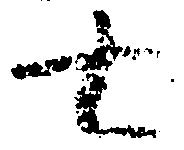
七